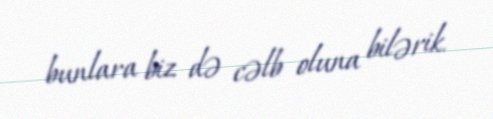
bunlara biz də cəlb oluna bilərik.